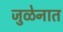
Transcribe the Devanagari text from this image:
जुळेनात